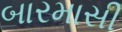
બારમાસી